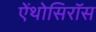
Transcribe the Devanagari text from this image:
ऐंथोसिरॉस